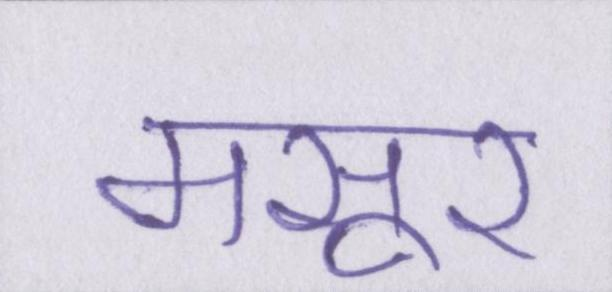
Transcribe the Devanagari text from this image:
मसूर